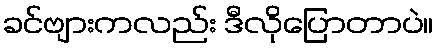
ခင်ဗျားကလည်း ဒီလိုပြောတာပဲ။